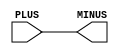
// SPDX-License-Identifier: Apache-2.0
// Copyright (C) 2019 Intel Corporation. 
//------------------------------------------------------------------------
// Copyright (c) 2012 Altera Corporation. .
module aibndaux_aliasd ( PLUS, MINUS );

	input   PLUS;
	output  MINUS;

	assign MINUS = PLUS;

endmodule